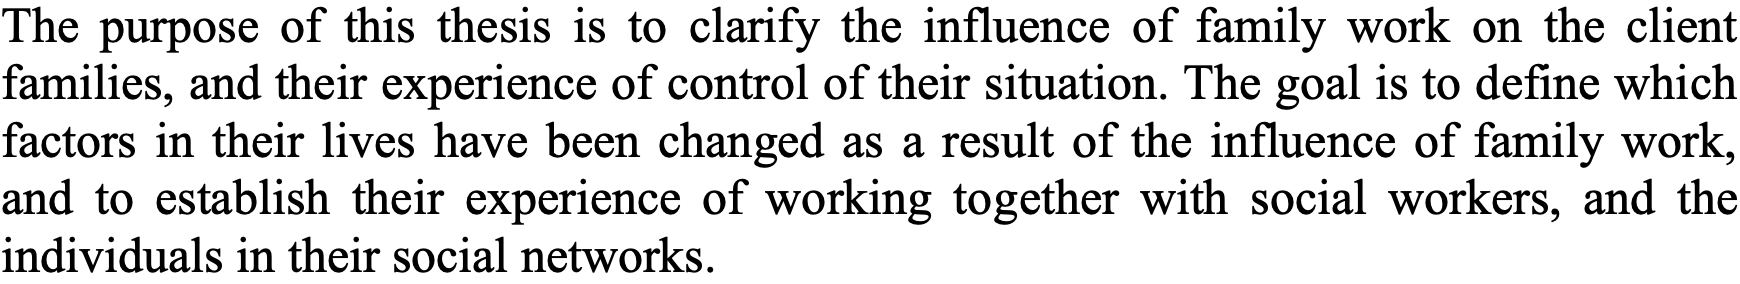
The purpose of this thesis is to clarify the influence of family work on the client families, and their experience of control of their situation. The goal is to define which factors in their lives have been changed as a result of the influence of family work, and to establish their experience of working together with social workers, and the individuals in their social networks.